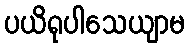
ပယိရုပါသေယျာမ